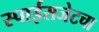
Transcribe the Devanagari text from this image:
स्पाईसजेटचा